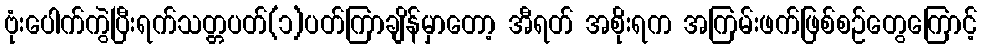
ဗုံးပေါက်ကွဲပြီးရက်သတ္တပတ်(၁)ပတ်ကြာချိန်မှာတော့ အီရတ် အစိုးရက အကြမ်းဖက်ဖြစ်စဉ်တွေကြောင့်